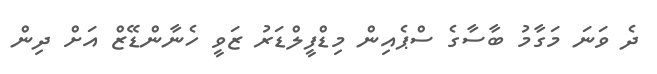
ދެ ވަނަ މަގާމު ބާސާގެ ސްޕެއިން މިޑްފީލްޑަރު ޒަވީ ހެނާންޑޭޒް އަށް ދިން